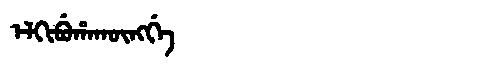
Manchu: ᡝᠯᡴᡳᠪᡠᡥᠠᡴᡡᠩᡤᡝ
Romanization: ELKIBUHAKŪNGGE